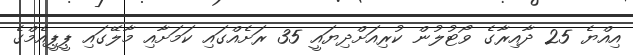
އިއްޔެ 25 ދާއިރާގެ ވޯޓުލުން ކުރިއަށްދިޔައީ 35 ރަށެއްގައި ކަމަށާއި މާލޭގައި ޕީޕީއެމްގެ